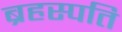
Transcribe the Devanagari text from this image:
ब्रहस्पति